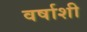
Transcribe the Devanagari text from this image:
वर्षाशी